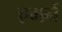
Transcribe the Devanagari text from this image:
एमर्न